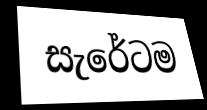
සැරේටම